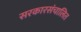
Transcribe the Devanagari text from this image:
सरकारसंचालित